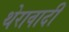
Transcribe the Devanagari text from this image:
थेरावादी